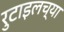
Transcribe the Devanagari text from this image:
रुटाइलच्या